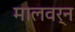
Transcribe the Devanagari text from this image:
मालवर्न